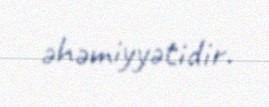
əhəmiyyətidir.